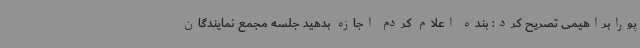
پورابراهیمی تصریح کرد: بنده اعلام کردم اجازه بدهید جلسه مجمع نمایندگان